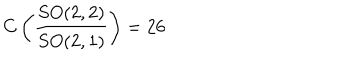
LaTeX: C \left( \frac { S O ( 2 , 2 ) } { S O ( 2 , 1 ) } \right) = 2 6